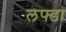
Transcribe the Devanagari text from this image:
लफ्डा